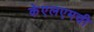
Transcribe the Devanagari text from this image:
केएलएमची